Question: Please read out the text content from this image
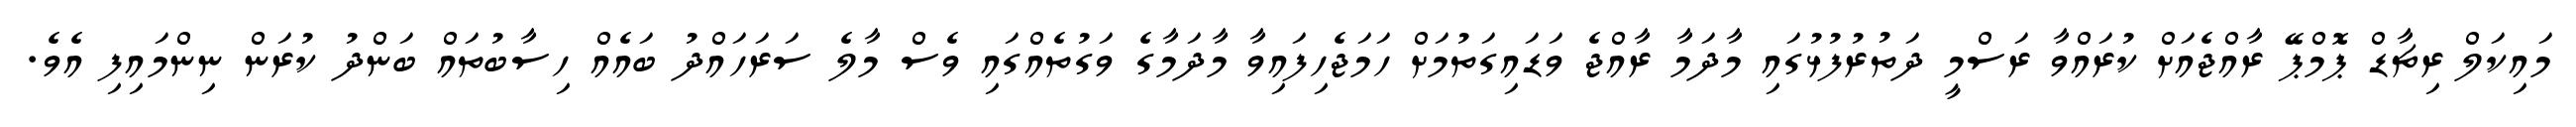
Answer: މައިކަލް ރިޗާޑް ޕޮމްޕޭ ރާއްޖެއަށް ކުރައްވާ ރަސްމީ ދަތުރުފުޅުގައި މާދަމާ ރާއްޖެ ވަޑައިގަތުމަށް ހަމަޖެހިފައިވާ މާދަމާގެ ވަގުތެއްގައި ވެސް މާލެ ސަރަހައްދު ބައެއް ހިސާބުތައް ބަންދު ކުރަން ނިންމައިފި އެވެ.